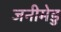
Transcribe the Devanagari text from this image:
जनीमेडु